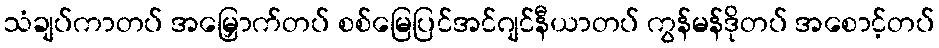
သံချပ်ကာတပ် အမြှောက်တပ် စစ်မြေပြင်အင်ဂျင်နီယာတပ် ကွန်မန်ဒိုတပ် အစောင့်တပ်